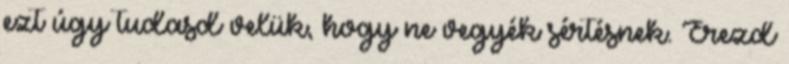
ezt úgy tudasd velük, hogy ne vegyék sértésnek. Érezd